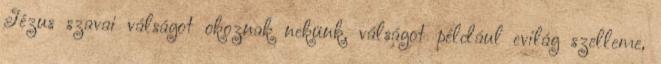
Jézus szavai válságot okoznak nekünk, válságot például evilág szelleme,